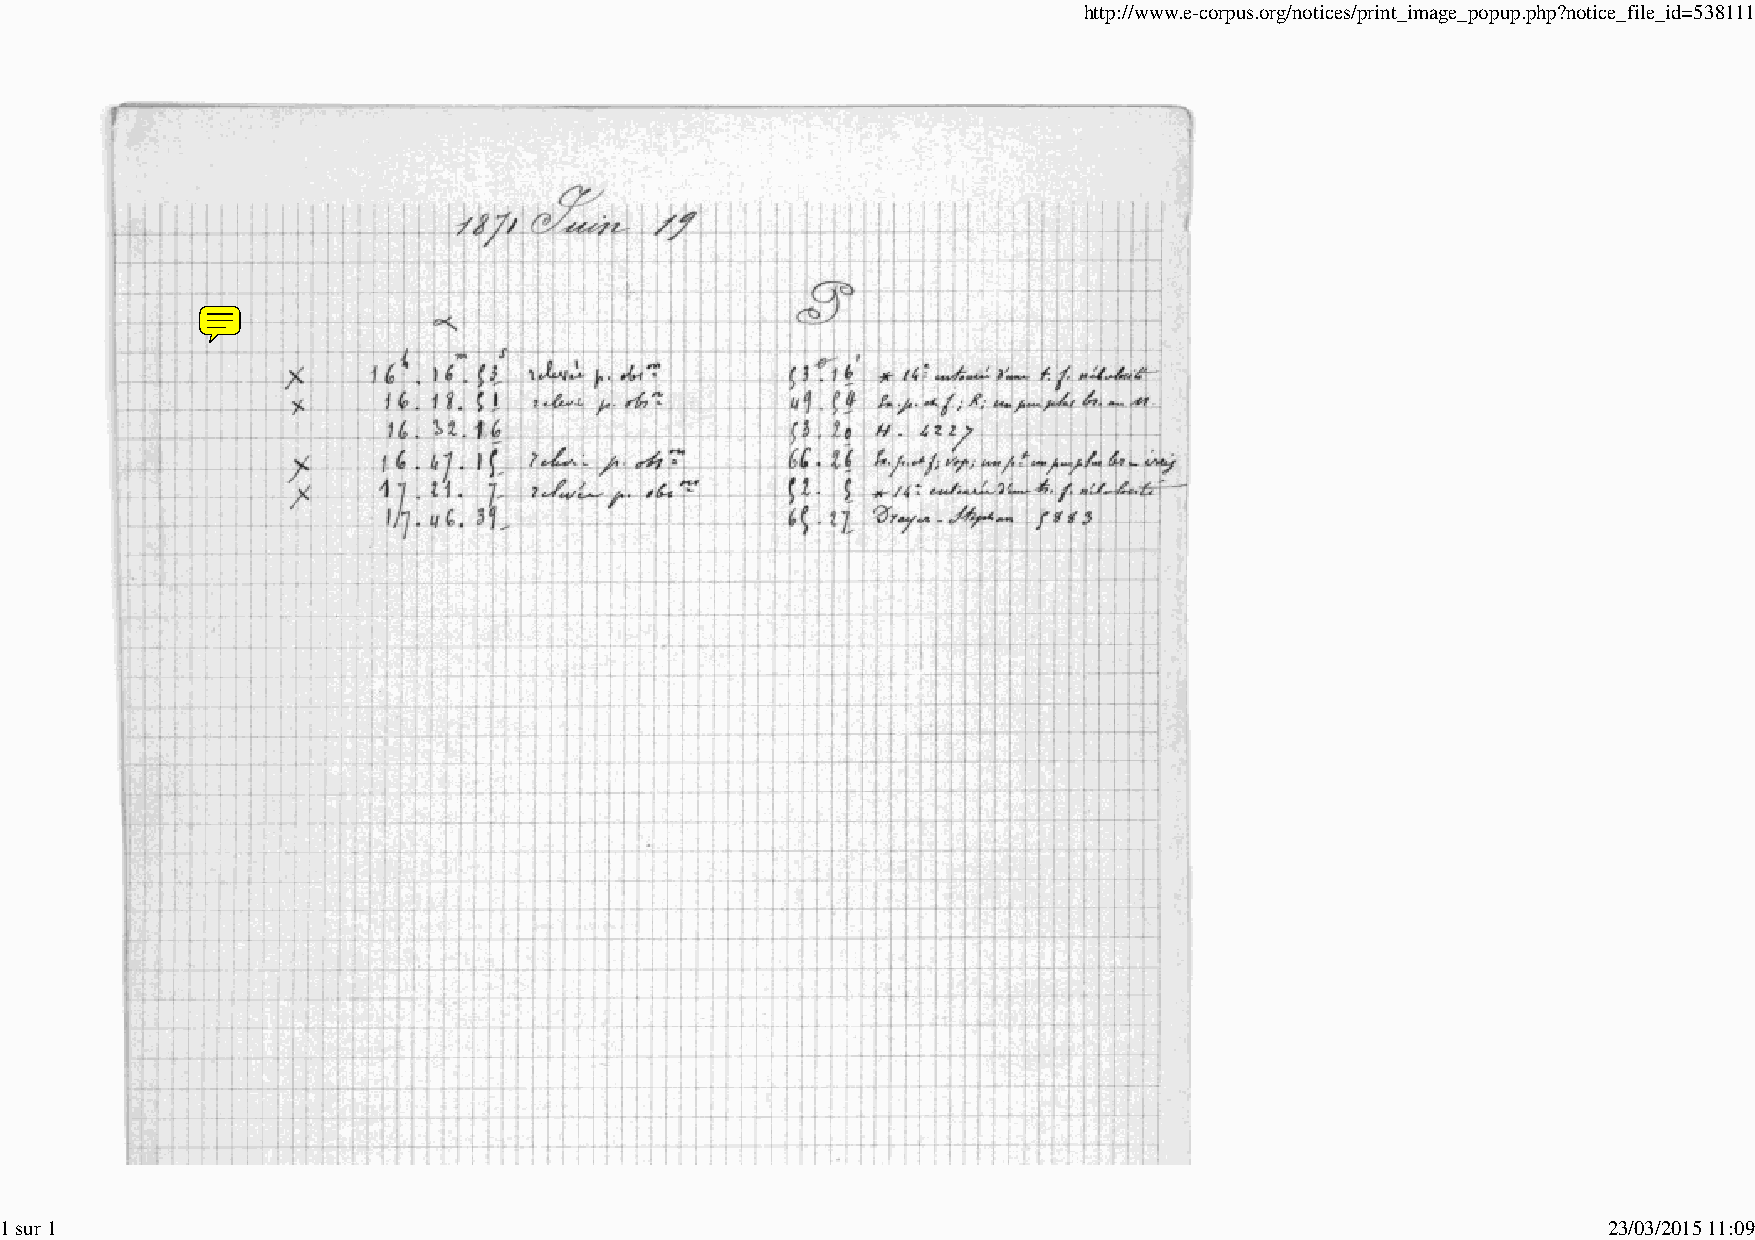
http://www.e-corpus.org/notices/print_image_popup.php?notice_file_id=538111
 1 sur 1                                                                                                   23/03/2015 11:09